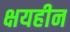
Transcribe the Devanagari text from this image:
क्षयहीन